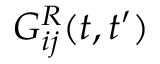
G _ { i j } ^ { R } ( t , t ^ { \prime } )